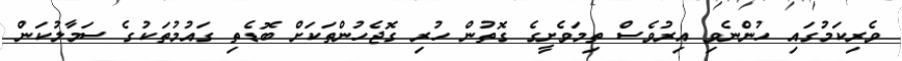
ވެރިކަމުގައި ހުންނެވި އިރުވެސް ތިމަވެށީގެ ގޮތުން ހުރި ގޮޖެހުންތަކަށް ބޮޑެތި ގައުމުތަކުގެ ސަމާލުކަން